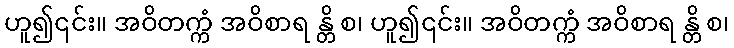
ဟူ၍၎င်း။ အဝိတက္ကံ အဝိစာရ န္တိ စ၊ ဟူ၍၎င်း။ အဝိတက္ကံ အဝိစာရ န္တိ စ၊